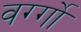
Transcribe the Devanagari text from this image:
वर्ग्गो